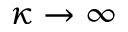
\kappa \to \infty